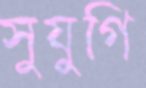
সুযুগি